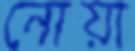
নোয়া